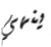
ينهي